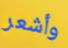
وأشعر